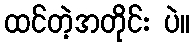
ထင်တဲ့အတိုင်း ပဲ။